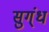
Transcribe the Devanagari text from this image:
सुग्ंध